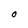
Character: O